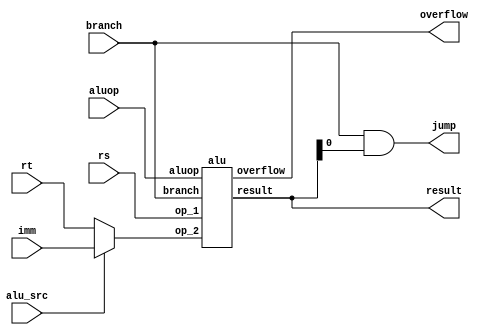
module exec(
	input[31:0] rs,
	input[31:0] rt,
	input[31:0] imm,

	output[31:0] result,

	input[11:0] aluop,
	input alu_src,
	input branch,
	output jump,
	output overflow
);

alu ALU(.op_1(rs), .op_2((alu_src)?imm:rt), .aluop(aluop), .branch(branch), .result(result), .overflow(overflow));
assign jump = (branch&result);

endmodule

module alu(
	input[31:0] op_1,
	input[31:0] op_2,
	input[11:0] aluop,
	input branch,
	output[31:0] result,
	output overflow
);

assign overflow = (op_1[31] & op_2[31]);
assign result = (branch)?(op_1!=0):(op_1 + op_2);

endmodule